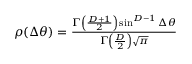
\begin{array} { r } { \rho ( \Delta \theta ) = \frac { \Gamma \left( \frac { D + 1 } { 2 } \right) \sin ^ { D - 1 } \Delta \theta } { \Gamma \left( \frac { D } { 2 } \right) \sqrt { \pi } } } \end{array}